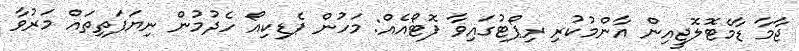
ޖާމާ ޑާމެޓޮލޮޖީއިން އާންމުކުރި ރިޕޯޓުގައިވާ ފޮޓޯއެއް: މަހުން ޕެޑިކިއޯ ހެދުމުން ނިޔަފަތިތައް މަރުވާ